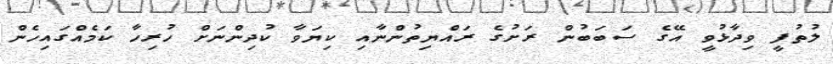
ލުތުފީ ވިދާޅުވީ އޭގެ ސަބަބުން ރަށުގެ ރައްޔިތުންނާއި ކިޔަވާ ކުދިންނަށް ހުރިހާ ކަމެއްގައިހެން